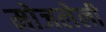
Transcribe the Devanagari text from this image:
मोजलेली